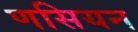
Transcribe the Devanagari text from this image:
णसियन